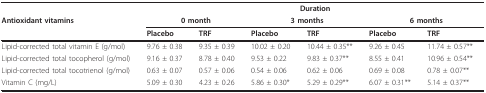
<table><thead><tr><td></td><td colspan="6"><b>Duration</b></td></tr><tr><td><b>Antioxidant vitamins</b></td><td colspan="2"><b>0 month</b></td><td colspan="2"><b>3 months</b></td><td colspan="2"><b>6 months</b></td></tr><tr><td></td><td><b>Placebo</b></td><td><b>TRF</b></td><td><b>Placebo</b></td><td><b>TRF</b></td><td><b>Placebo</b></td><td><b>TRF</b></td></tr></thead><tbody><tr><td>Lipid-corrected total vitamin E (g/mol)</td><td>9.76 ± 0.38</td><td>9.35 ± 0.39</td><td>10.02 ± 0.20</td><td>10.44 ± 0.35**</td><td>9.26 ± 0.45</td><td>11.74 ± 0.57**</td></tr><tr><td>Lipid-corrected total tocopherol (g/mol)</td><td>9.16 ± 0.37</td><td>8.78 ± 0.40</td><td>9.53 ± 0.22</td><td>9.83 ± 0.37**</td><td>8.55 ± 0.41</td><td>10.96 ± 0.54**</td></tr><tr><td>Lipid-corrected total tocotrienol (g/mol)</td><td>0.63 ± 0.07</td><td>0.57 ± 0.06</td><td>0.54 ± 0.06</td><td>0.62 ± 0.06</td><td>0.69 ± 0.08</td><td>0.78 ± 0.07**</td></tr><tr><td>Vitamin C (mg/L)</td><td>5.09 ± 0.30</td><td>4.23 ± 0.26</td><td>5.86 ± 0.30*</td><td>5.29 ± 0.29**</td><td>6.07 ± 0.31**</td><td>5.14 ± 0.37**</td></tr></tbody></table>